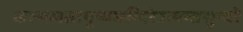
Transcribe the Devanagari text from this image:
कल्पलतापुष्पमन्दिरेऽत्यन्तसुन्दरे